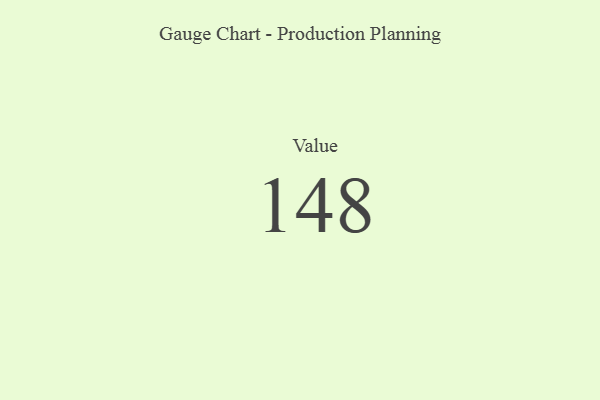
{"axis": {"x": "Metric", "y": "Value"}, "legend": [""], "data": [{"x": "Value", "y": 148, "type": ""}]}